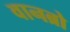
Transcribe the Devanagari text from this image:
वानब्रो